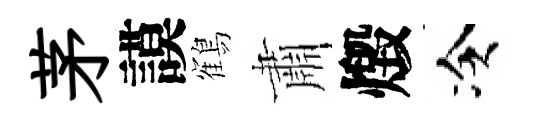
茅謨鶴肅燬冷